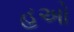
હઓ